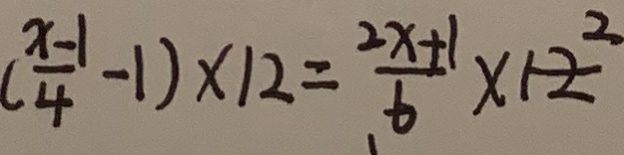
( \frac { x - 1 } { 4 } - 1 ) \times 1 2 = \frac { 2 x + 1 } { 6 } \times 1 2